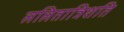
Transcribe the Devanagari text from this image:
ललितात्रिशति